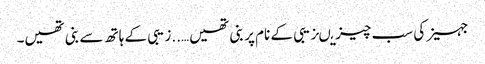
جہیز کی سب چیزیںزیبی کے نام پر بنی تھیں…..زیبی کے ہاتھ سے بنی تھیں۔